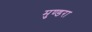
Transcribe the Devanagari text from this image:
मुण्डरा